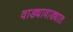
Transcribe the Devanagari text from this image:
वाड्यावाड्यात